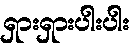
ရှားရှားပါးပါး